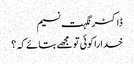
ڈاکٹر نگہت نسیم
خدا را کوئی تو مجھے بتائے کہ ؟